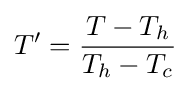
T'={\frac {T-T_{h}}{T_{h}-T_{c}}}